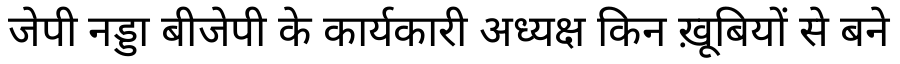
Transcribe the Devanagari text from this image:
जेपी नड्डा बीजेपी के कार्यकारी अध्यक्ष किन ख़ूबियों से बने